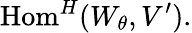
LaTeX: {\mathrm{Hom}}^{H}(W_{\theta},V^{\prime}).